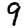
Digit: 9